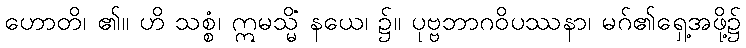
ဟောတိ၊ ၏။ ဟိ သစ္စံ၊ ဣမသ္မိံ နယေ၊ ၌။ ပုဗ္ဗဘာဂဝိပဿနာ၊ မဂ်၏ရှေ့အဖို့၌